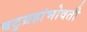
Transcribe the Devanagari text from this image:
बटुग्रहांभोवती